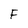
Character: F